Indian Civil Veterinary Department memoirs
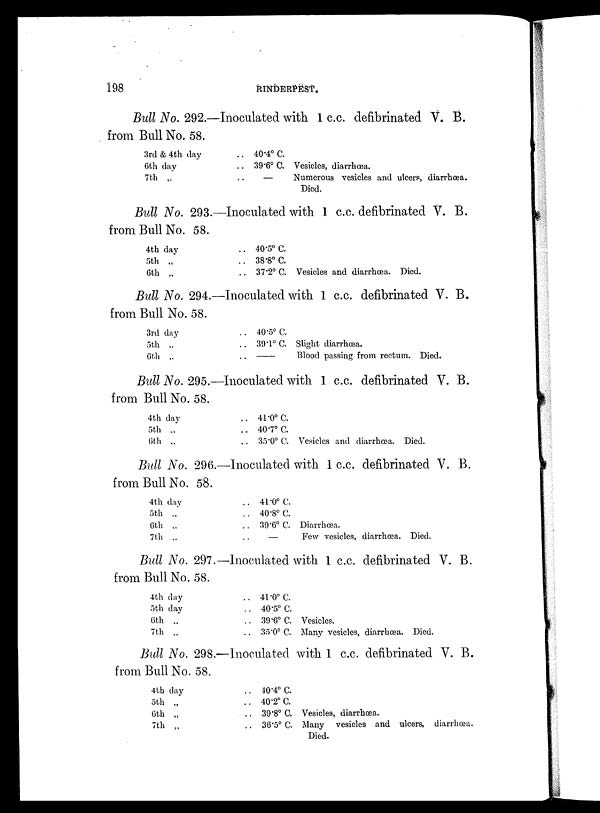
198
RINDERPEST.
Bull No. 292.—Inoculated with 1 c.c. defibrinated V. B.
from Bull No. 58.
3rd & 4th day
6th day
7th „
. . 40.4º C.
.. 39.6º C. Vesicles, diarrhœa.
—
Numerous vesicles and ulcers, diarrhœa.
Died.
Bull No. 293.—Inoculated with 1 c.c. defibrinated V. B.
from Bull No. 58.
4th day
5th „
6th „
.. 40.5º C.
.. 38.8º C.
.. 37.2º C. Vesicles and diarrhœa. Died.
Bull No. 294.—Inoculated with 1 c.c. defibrinated V. B.
from Bull No. 58.
3rd day
5th „
6th „
. . 40.5º C.
.. 39.1º C. Slight diarrhœa.
..
—
Blood passing from rectum. Died.
Bull No. 295.—Inoculated with 1 c.c. defibrinated V. B.
from Bull No. 58.
4th day
5th „
6th „
.. 41.0º C.
.. 40.7º C.
. . 35.0º C. Vesicles and diarrhœa. Died.
Bull No. 296.—Inoculated with 1 c.c. defibrinated V. B.
from Bull No. 58.
4th day
5th „
6th „
7th „
.. 41.0º C.
. . 40.8º C.
.. 39.6º C. Diarrhœa.
.. —
Few vesicles, diarrhœa. Died.
Bull No. 297.—Inoculated with 1 c.c. defibrinated V. B.
from Bull No. 58.
4th day
5th day
6th „
7 th „
.. 41.0º C.
.. 40.5º C.
.. 39.6º C. Vesicles.
35.0º C. Many vesicles, diarrhœa. Died.
Bull No. 298.—Inoculated with 1 c.c. defibrinated V. B.
from Bull No. 58.
4th day
5th „
6th „
7th „
.. 40.4º C.
.. 40.2º C.
.. 39.8º C. Vesicles, diarrhœa.
.. 36 . 5º C. Many vesicles and ulcers, diarrhœa.
Died.